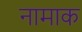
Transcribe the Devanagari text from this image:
नामाक